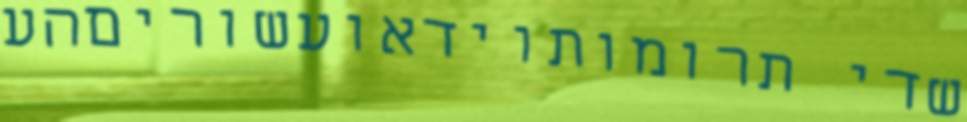
שדי תרומותוידאועשוריםהע